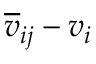
\overline { { \boldsymbol { v } } } _ { i j } - \boldsymbol { v } _ { i }